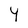
Character: Y